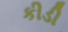
કીડી